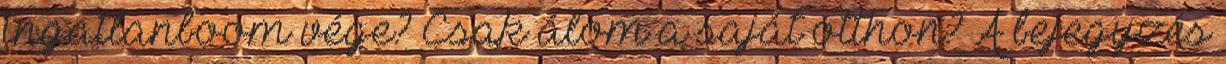
ingatlanboom vége? Csak álom a saját otthon? A bejegyzés